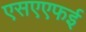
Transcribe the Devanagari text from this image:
एसएएफई